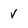
Character: v